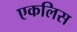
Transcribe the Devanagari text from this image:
एकलिस